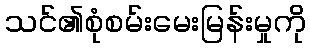
သင်၏စုံစမ်းမေးမြန်းမှုကို